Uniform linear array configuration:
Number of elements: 24
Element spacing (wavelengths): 0.75
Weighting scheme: kaiser
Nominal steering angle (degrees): -60
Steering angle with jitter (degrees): -61.876
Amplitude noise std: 0.05
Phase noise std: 0.05

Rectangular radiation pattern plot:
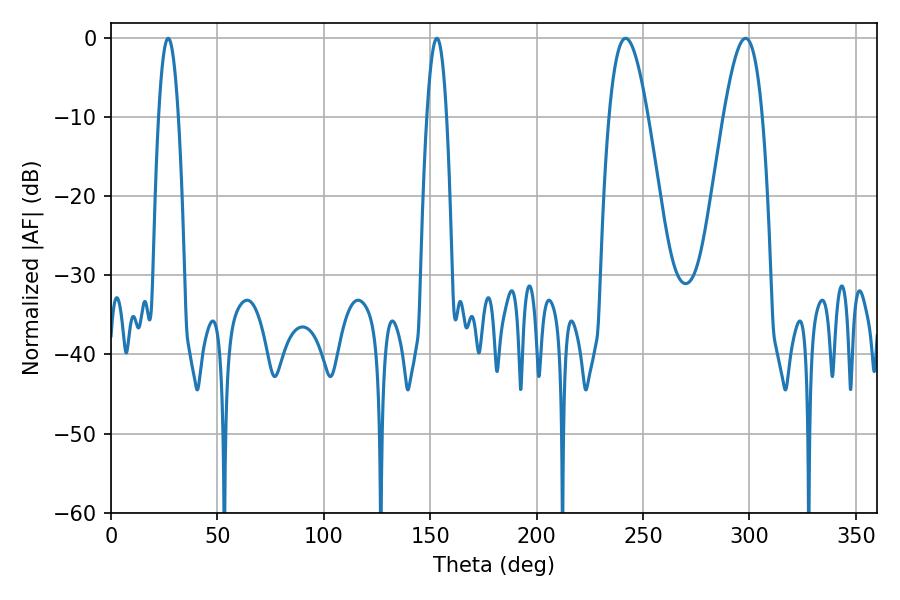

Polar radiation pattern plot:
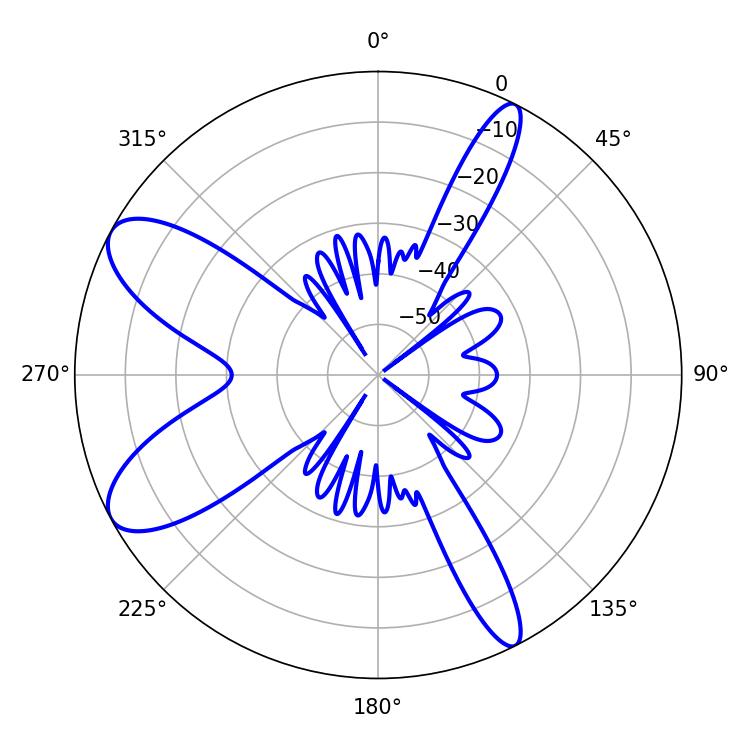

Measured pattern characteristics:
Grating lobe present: TRUE
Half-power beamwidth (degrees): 9.9
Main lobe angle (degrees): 241.74